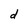
Character: d